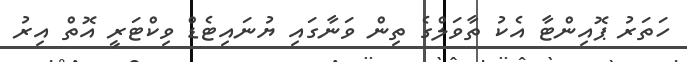
ހަތަރު ޕޮއިންޓާ އެކު ތާވަލްގެ ތިން ވަނާގައި ޔުނައިޓެޑް ވިކްޓަރީ އޮތް އިރު